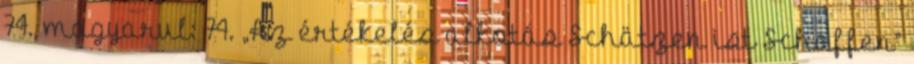
74., magyarul: 74. „Az értékelés alkotás Schätzen ist Schaffen”